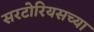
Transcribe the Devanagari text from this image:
सरटोरियसच्या